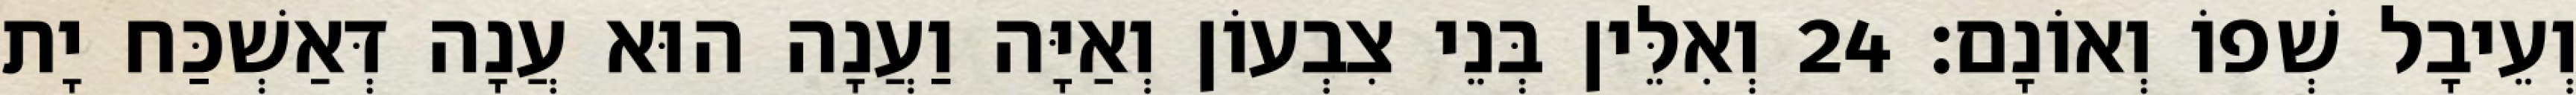
וְעֵיבָל שְׁפוֹ וְאוֹנָם׃ 24 וְאִלֵּין בְּנֵי צִבְעוֹן וְאַיָּה וַעֲנָה הוּא עֲנָה דְּאַשְׁכַּח יָת